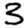
Digit: 3